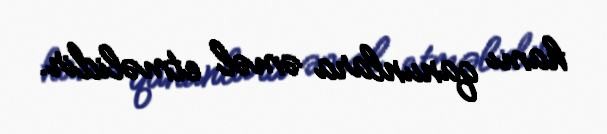
hamı qanunlara əməl etməlidir.